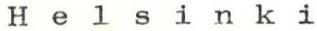
Helsinki